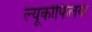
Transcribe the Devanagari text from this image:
ल्यूकोफिलया